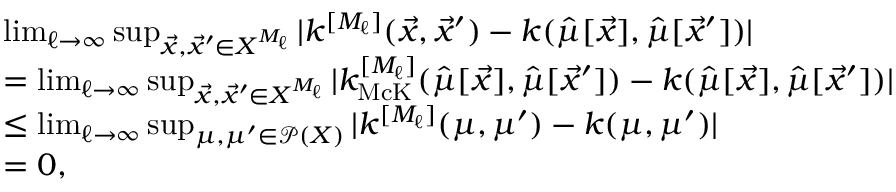
\begin{array} { r l } & { \operatorname* { l i m } _ { { \ell } \rightarrow \infty } \operatorname* { s u p } _ { \vec { x } , \vec { x } ^ { \prime } \in X ^ { M _ { \ell } } } | k ^ { [ M _ { \ell } ] } ( \vec { x } , \vec { x } ^ { \prime } ) - k ( \hat { \mu } [ \vec { x } ] , \hat { \mu } [ \vec { x } ^ { \prime } ] ) | } \\ & { = \operatorname* { l i m } _ { { \ell } \rightarrow \infty } \operatorname* { s u p } _ { \vec { x } , \vec { x } ^ { \prime } \in X ^ { M _ { \ell } } } | k _ { \mathrm { M c K } } ^ { [ M _ { \ell } ] } ( \hat { \mu } [ \vec { x } ] , \hat { \mu } [ \vec { x } ^ { \prime } ] ) - k ( \hat { \mu } [ \vec { x } ] , \hat { \mu } [ \vec { x } ^ { \prime } ] ) | } \\ & { \leq \operatorname* { l i m } _ { { \ell } \rightarrow \infty } \operatorname* { s u p } _ { \mu , \mu ^ { \prime } \in \mathcal { P } ( X ) } | k ^ { [ M _ { \ell } ] } ( \mu , \mu ^ { \prime } ) - k ( \mu , \mu ^ { \prime } ) | } \\ & { = 0 , } \end{array}